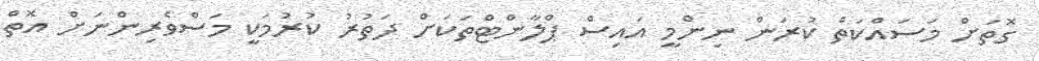
ގޮތަށް މަސައްކަތް ކުރަން ނިންމީ އައިސް ޕްލާންޓްތަކަށް ދަތުރު ކުރުމަކީ މަސްވެރިންނަށް އޮތް